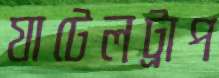
যাটেলট্রাপ